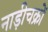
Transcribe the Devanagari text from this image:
नाड़ीचक्रों